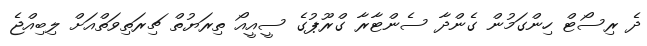
ދެ ރިސޯޓް ހިންގަމުން ގެންދާ ސެންޓާރާ ގްރޫޕުގެ ސީއީއޯ ތިރަޔުތް ޗިރަތިވަތްއަށް ލިބިއްޖެ